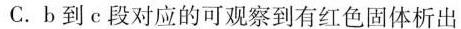
C.b到e段对应的可观察到有红色固体析出